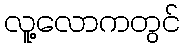
လူ့လောကတွင်